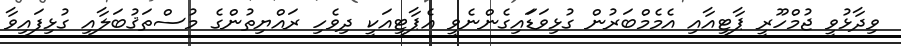
ވިދާޅުވީ ޖުމްހޫރީ ޕާޓީއާއި އެމެމްބަރުން ގުޅިވަޑަައިގެންނެވީ އެޕާޓީއަކީ ދިވެހި ރައްޔިތުންގެ މުސްތަޤުބަލާއި ގުޅިފައިވާ